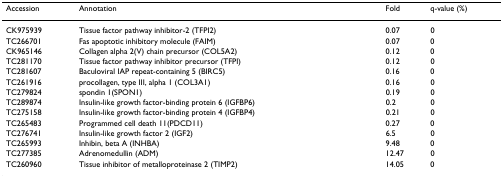
<table><thead><tr><td><b>Accession</b></td><td><b>Annotation</b></td><td><b>Fold</b></td><td><b>q-value (%)</b></td></tr></thead><tbody><tr><td>CK975939</td><td>Tissue factor pathway inhibitor-2 (TFPI2)</td><td>0.07</td><td>0</td></tr><tr><td>TC266701</td><td>Fas apoptotic inhibitory molecule (FAIM)</td><td>0.07</td><td>0</td></tr><tr><td>CK965146</td><td>Collagen alpha 2(V) chain precursor (COL5A2)</td><td>0.12</td><td>0</td></tr><tr><td>TC281170</td><td>Tissue factor pathway inhibitor precursor (TFPI)</td><td>0.12</td><td>0</td></tr><tr><td>TC281607</td><td>Baculoviral IAP repeat-containing 5 (BIRC5)</td><td>0.16</td><td>0</td></tr><tr><td>TC261916</td><td>procollagen, type III, alpha 1 (COL3A1)</td><td>0.16</td><td>0</td></tr><tr><td>TC279824</td><td>spondin 1(SPON1)</td><td>0.19</td><td>0</td></tr><tr><td>TC289874</td><td>Insulin-like growth factor-binding protein 6 (IGFBP6)</td><td>0.2</td><td>0</td></tr><tr><td>TC275158</td><td>Insulin-like growth factor-binding protein 4 (IGFBP4)</td><td>0.21</td><td>0</td></tr><tr><td>TC265483</td><td>Programmed cell death 11(PDCD11)</td><td>0.27</td><td>0</td></tr><tr><td>TC276741</td><td>Insulin-like growth factor 2 (IGF2)</td><td>6.5</td><td>0</td></tr><tr><td>TC265993</td><td>Inhibin, beta A (INHBA)</td><td>9.48</td><td>0</td></tr><tr><td>TC277385</td><td>Adrenomedullin (ADM)</td><td>12.47</td><td>0</td></tr><tr><td>TC260960</td><td>Tissue inhibitor of metalloproteinase 2 (TIMP2)</td><td>14.05</td><td>0</td></tr></tbody></table>